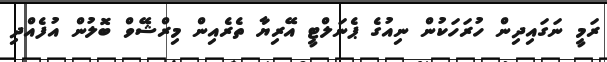
ރަމީ ނަގައިދިން ހުރަހަކުން ނިއުގެ ޕެނަލްޓީ އޭރިޔާ ތެރެއިން މިރްޝޭވް ބޮލުން އުފެއްދި